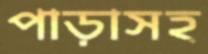
পাড়াসহ